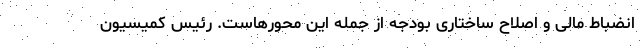
انضباط مالی و اصلاح ساختاری بودجه از جمله این محورهاست. رئیس کمیسیون